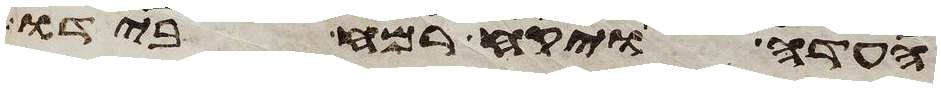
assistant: העדה ויקח רמח בידו